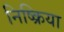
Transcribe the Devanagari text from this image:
निष्‍क्रिया